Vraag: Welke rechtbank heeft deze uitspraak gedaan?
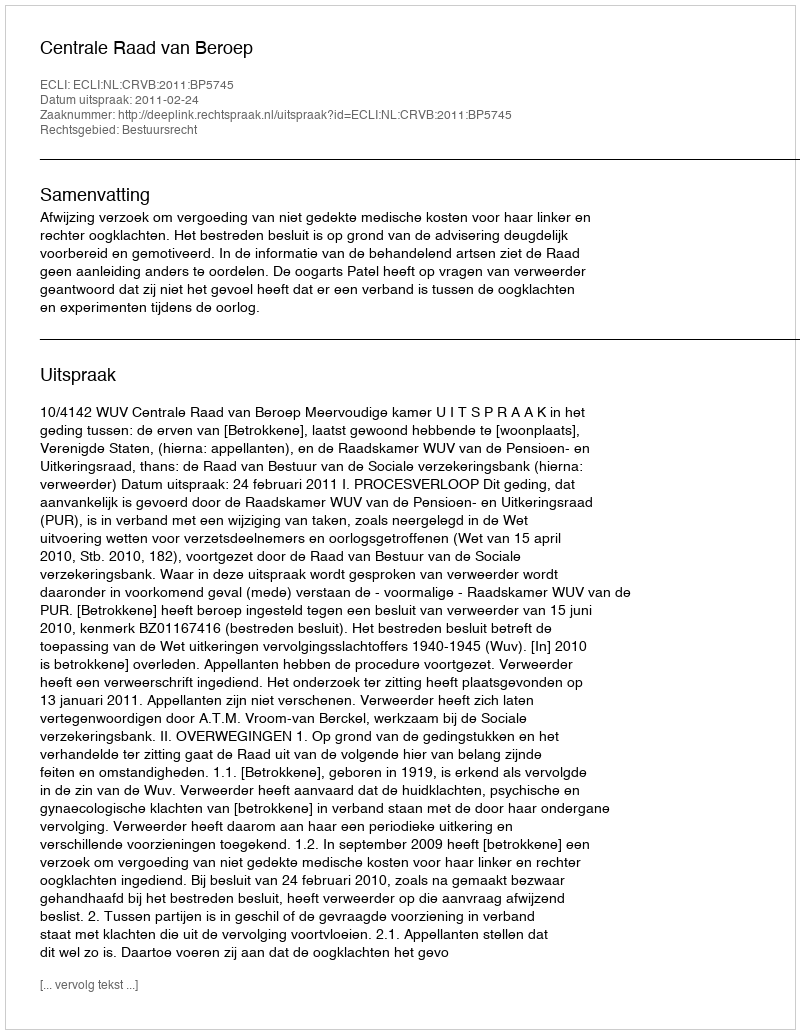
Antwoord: Centrale Raad van Beroep